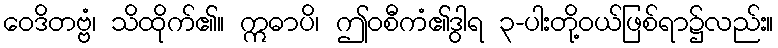
ဝေဒိတဗ္ဗံ၊ သိထိုက်၏။ ဣဓာပိ၊ ဤဝစီကံ၏ဒွါရ ၃-ပါးတို့ဝယ်ဖြစ်ရာ၌လည်း။